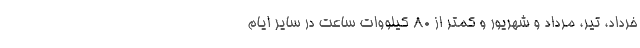
خرداد، تیر، مرداد و شهریور و کمتر از ۸۰ کیلووات ساعت در سایر ایام